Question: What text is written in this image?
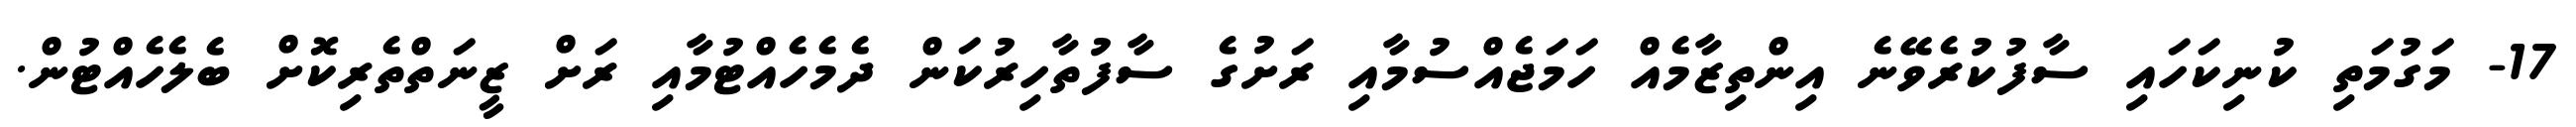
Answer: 17- މަގުމަތި ކުނިކަހައި ސާފުކުރެވޭނެ އިންތިޒާމެއް ހަމަޖެއްސުމާއި ރަށުގެ ސާފުތާހިރުކަން ދެމެހެއްޓުމާއި ރަށް ޒީނަތްތެރިކޮށް ބެލެހެއްޓުން.